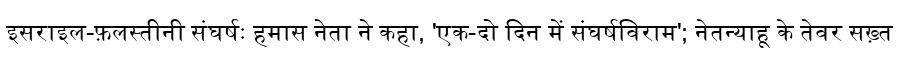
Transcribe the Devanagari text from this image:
इसराइल-फ़लस्तीनी संघर्षः हमास नेता ने कहा, 'एक-दो दिन में संघर्षविराम'; नेतन्याहू के तेवर सख़्त